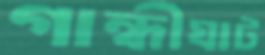
গান্ধীঘাট